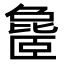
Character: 𬛨